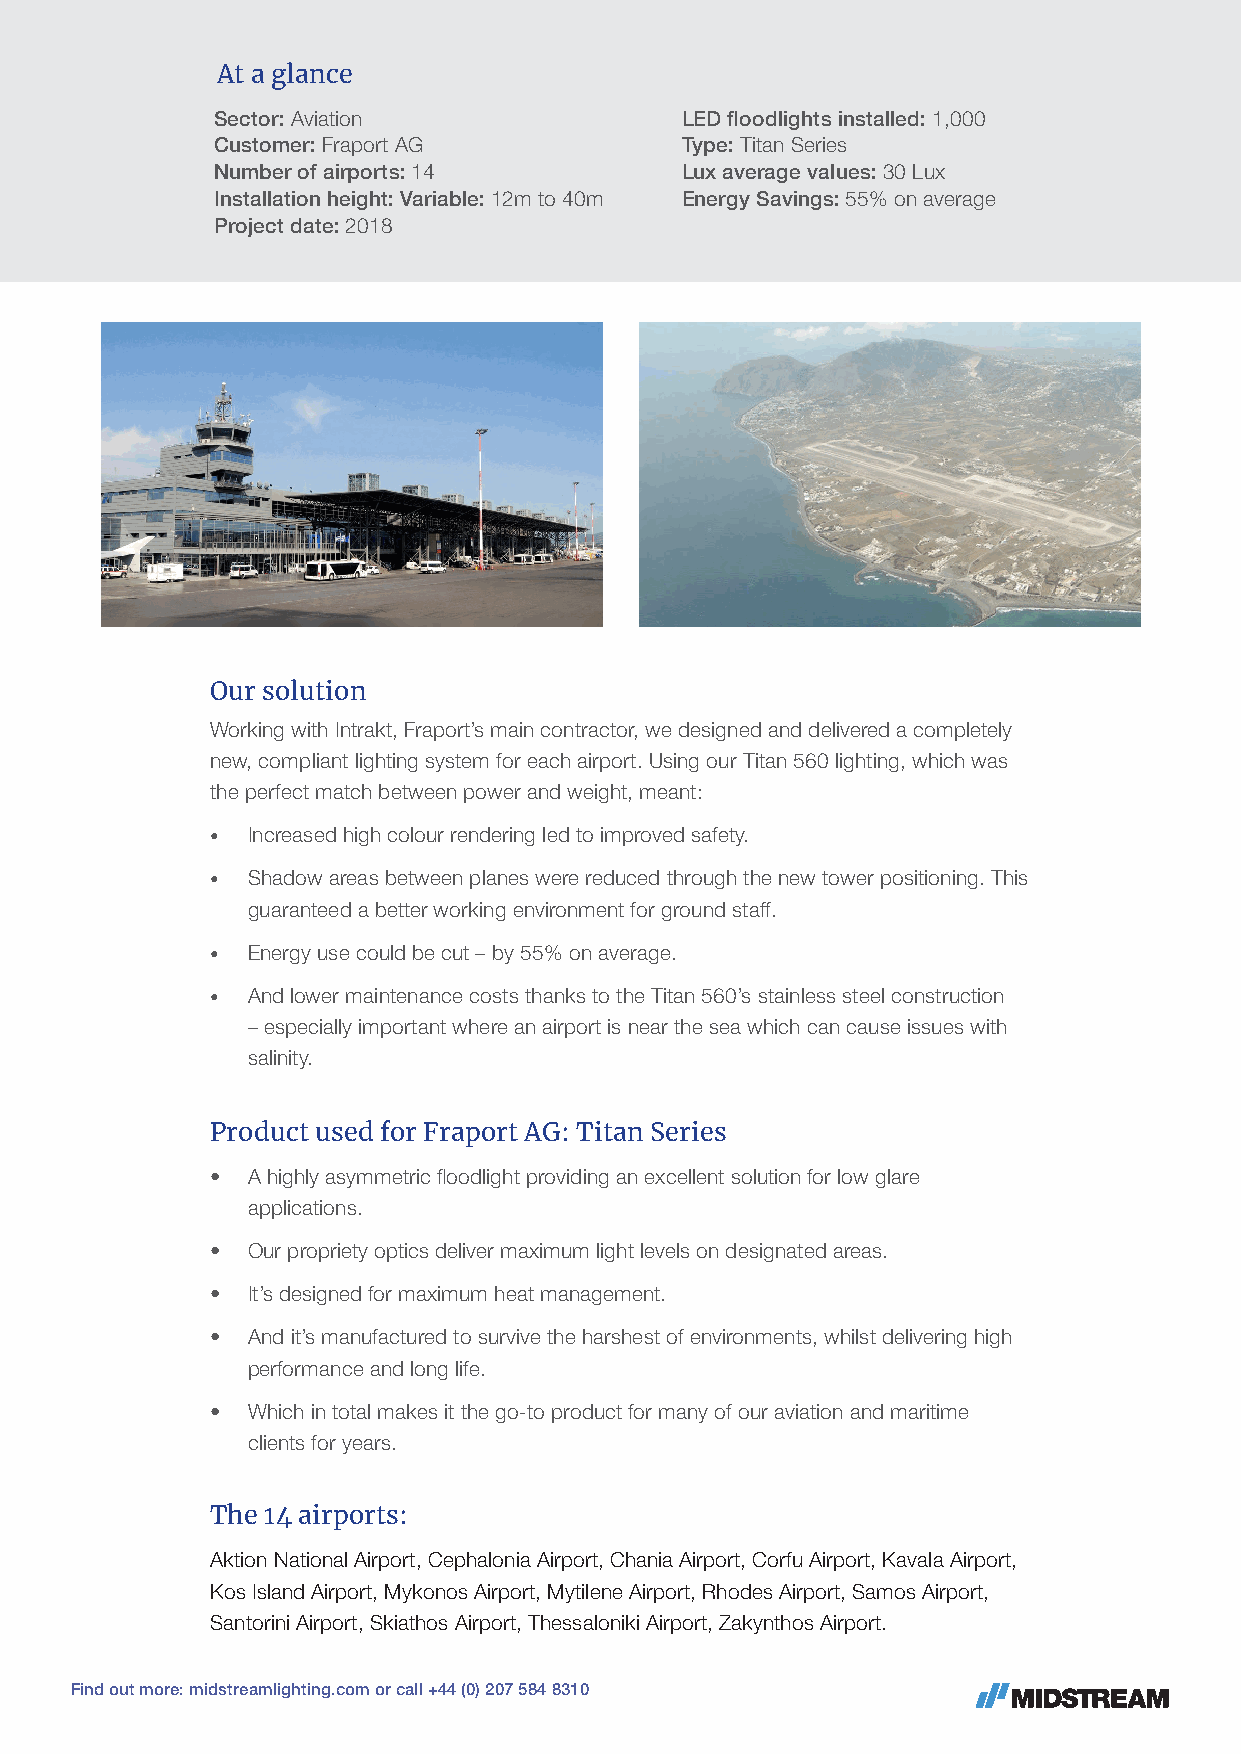
At a glance
 Sector: Aviation               LED floodlights installed: 1,000
 Customer: Fraport AG           Type: Titan Series
 Number of airports: 14         Lux average values: 30 Lux
 Installation height: Variable: 12m to 40m Energy Savings: 55% on average
 Project date: 2018
 Our solution
 Working with Intrakt, Fraport’s main contractor, we designed and delivered a completely
 new, compliant lighting system for each airport. Using our Titan 560 lighting, which was
 the perfect match between power and weight, meant:
 • Increased high colour rendering led to improved safety.
 • Shadow areas between planes were reduced through the new tower positioning. This
 guaranteed a better working environment for ground staff.
 • Energy use could be cut – by 55% on average.
 • And lower maintenance costs thanks to the Titan 560’s stainless steel construction
 – especially important where an airport is near the sea which can cause issues with
 salinity.
 Product used for Fraport AG: Titan Series
 • A highly asymmetric floodlight providing an excellent solution for low glare
 applications.
 • Our propriety optics deliver maximum light levels on designated areas.
 • It’s designed for maximum heat management.
 • And it’s manufactured to survive the harshest of environments, whilst delivering high
 performance and long life.
 • Which in total makes it the go-to product for many of our aviation and maritime
 clients for years.
 The 14 airports:
 Aktion National Airport, Cephalonia Airport, Chania Airport, Corfu Airport, Kavala Airport,
 Kos Island Airport, Mykonos Airport, Mytilene Airport, Rhodes Airport, Samos Airport,
 Santorini Airport, Skiathos Airport, Thessaloniki Airport, Zakynthos Airport.
 Find out more: midstreamlighting.com or call +44 (0) 207 584 8310